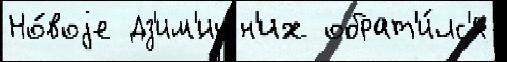
Но́воjе Дз'им'́ин н'их обрат'и́лс'я